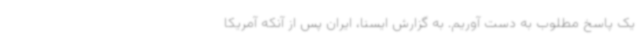
یک پاسخ مطلوب به دست آوریم. به گزارش ایسنا، ایران پس از آنکه آمریکا